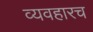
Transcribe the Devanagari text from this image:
व्यवहारच